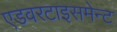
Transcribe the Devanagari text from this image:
एडवरटाइसमेन्ट